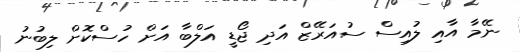
ނޭމާ އާއި ލުއިސް ސުއަރޭޒް އަދި ޖޯޑީ އަލްބާ އަށް ހުސްކޮށް ލިބުނު